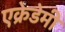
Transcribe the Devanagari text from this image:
एक्रेडेमी